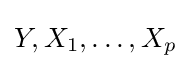
Y,X_{1},\dots ,X_{p}